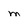
Character: m